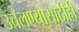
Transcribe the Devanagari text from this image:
उचलण्यासाठीही